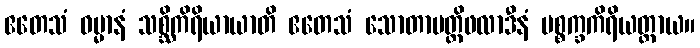
ဧတေသံ ဓမ္မာနံ သစ္ဆိကိရိယာယာတိ ဧတေသံ သောတာပတ္တိဖလာဒီနံ ပစ္စက္ခကိရိယတ္ထာယ။